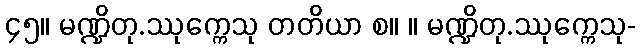
၄၅။ မဏ္ဍိတု.ဿုက္ကေသု တတိယာ စ။ ။ မဏ္ဍိတု.ဿုက္ကေသု-